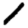
Digit: 1